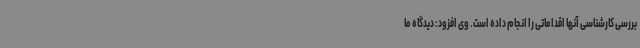
بررسی کارشناسی آنها اقداماتی را انجام داده است. وی افزود: دیدگاه ما